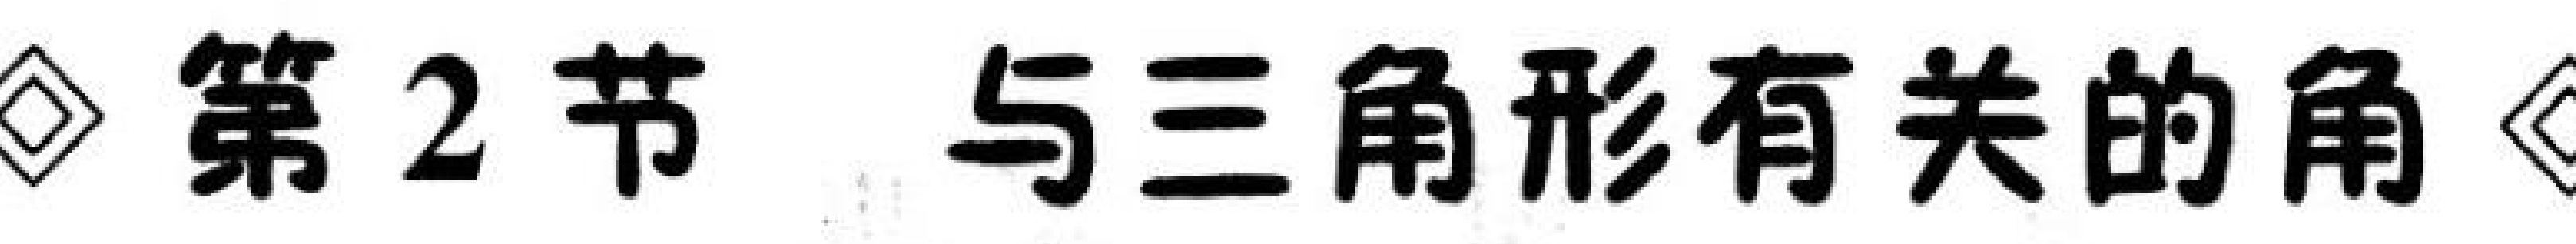
\diamondsuit 第 2 节 与三角形有关的角 \diamondsuit